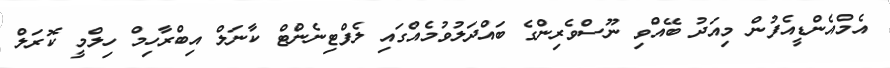
އެމްއެންޑީއެފުން މިއަދު ބޭއްވި ނޫސްވެރިންގެ ބައްދަލުވުމެއްގައި ލެފްޓިނެންޓް ކާނަލް އިބްރާހިމް ހިލްމީ ކޮރަލް